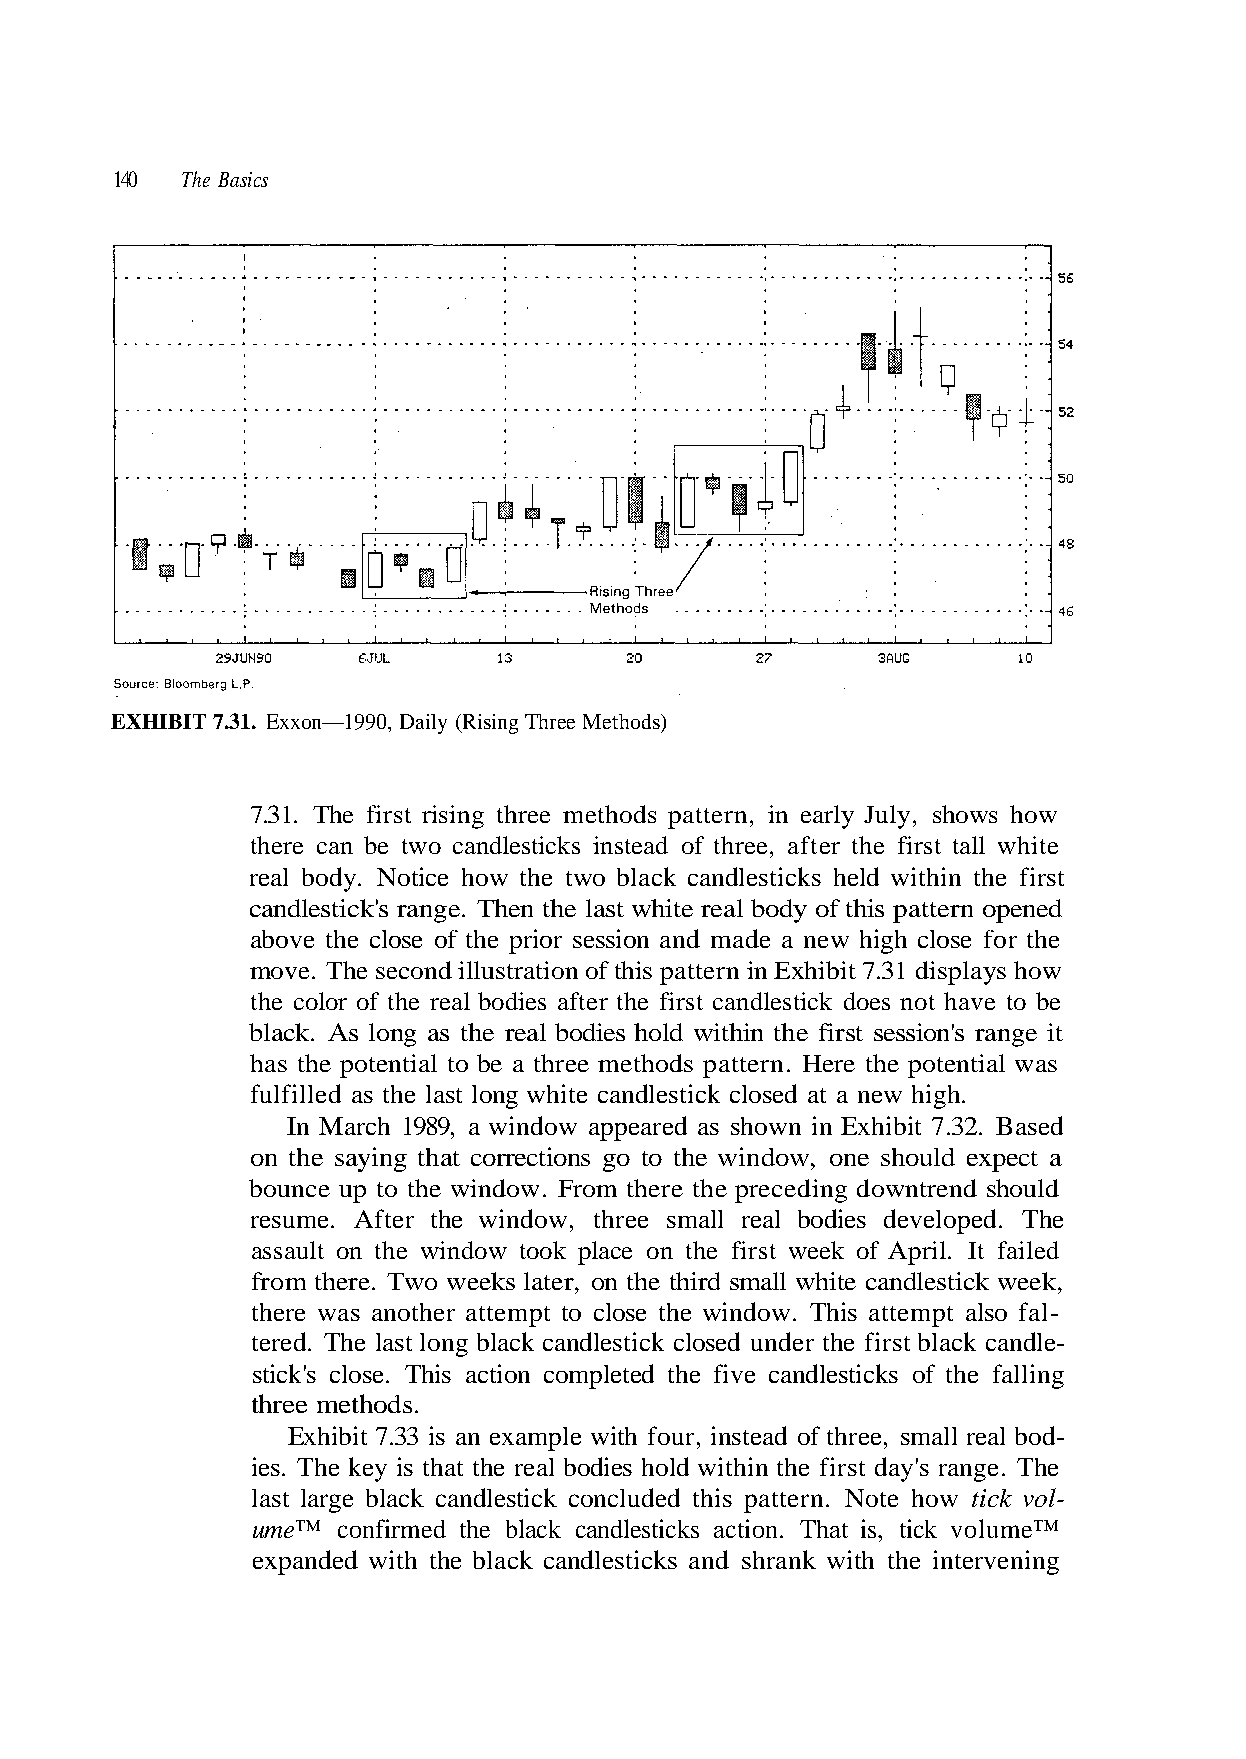
140  The Basics
 real body. Notice how the two black candlesticks held within the first
 candlestick's range. Then the last white real body of this pattern opened
 move. The second illustration of this pattern in Exhibit 7.31 displays how
 fulfilled as the last long white candlestick closed at a new high.
 In March 1989, a window appeared as shown in Exhibit 7.32. Based
 resume. After the window, three small real bodies developed. The
 tered. The last long black candlestick closed under the first black candle-
 stick's close. This action completed the five candlesticks of the falling
 three methods.
 Exhibit 7.33 is an example with four, instead of three, small real bod-
 last large black candlestick concluded this pattern. Note how tick vol-
 expanded with the black candlesticks and shrank with the intervening
 d e l i a f t
 e
 I
 h T
 . l i
 .
 r
 e
 p
 g
 A
 n a r
 f o
 s ' y
 k
 a
 e
 d
 s
 e
 a
 w
 st
 w
 r i
 ntial
 uld
 rst
 e f
 te
 ho
 fi
 th
 po
 d s
 e
 n
 e
 n
 h
 k,
 hi
 EXHIBIT 7.31. Exxon—1990, Daily (Rising Three Methods)
 7.31. The first rising three methods pattern, in early July, shows how
 there can be two candlesticks instead of three, after the first tall white
 above the close of the prior session and made a new high close for the
 the color of the real bodies after the first candlestick does not have to be
 black. As long as the real bodies hold within the first session's range it
 has the potential to be a three methods pattern. Here th
 on the saying that corrections go to the window, one should expect a
 bounce up to the window. From there the preceding downtre
 assault on the window took place on t
 from there. Two weeks later, on the third small white candlestick wee
 there was another attempt to close the window. This attempt also fal-
 ies. The key is that the real bodies hold wit
 ume™ confirmed the black candlesticks action. That is, tick volume™